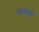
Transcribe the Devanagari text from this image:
मन्मंथा